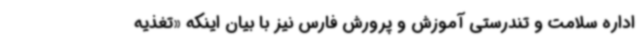
اداره سلامت و تندرستی آموزش و پرورش فارس نیز با بیان اینکه «تغذیه